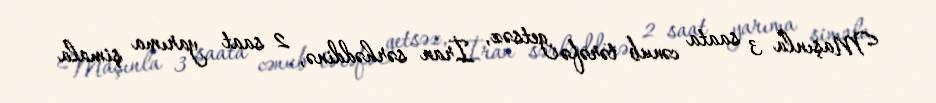
Maşınla 3 saata cənub tərəfə getsəz, İran sərhəddinə, 2 saat yarıma şimala